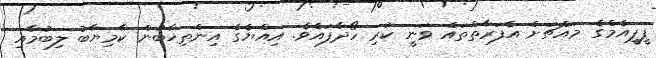
ޕީޕީއެމްގެ މައްޗަށް އެފަރާތްތައް ވަނީ ކުރި ހޯދާފައެވެ. އިއްޔެގެ އިންތިޚާބުން ކާމިޔާބު ލިބުމާއި